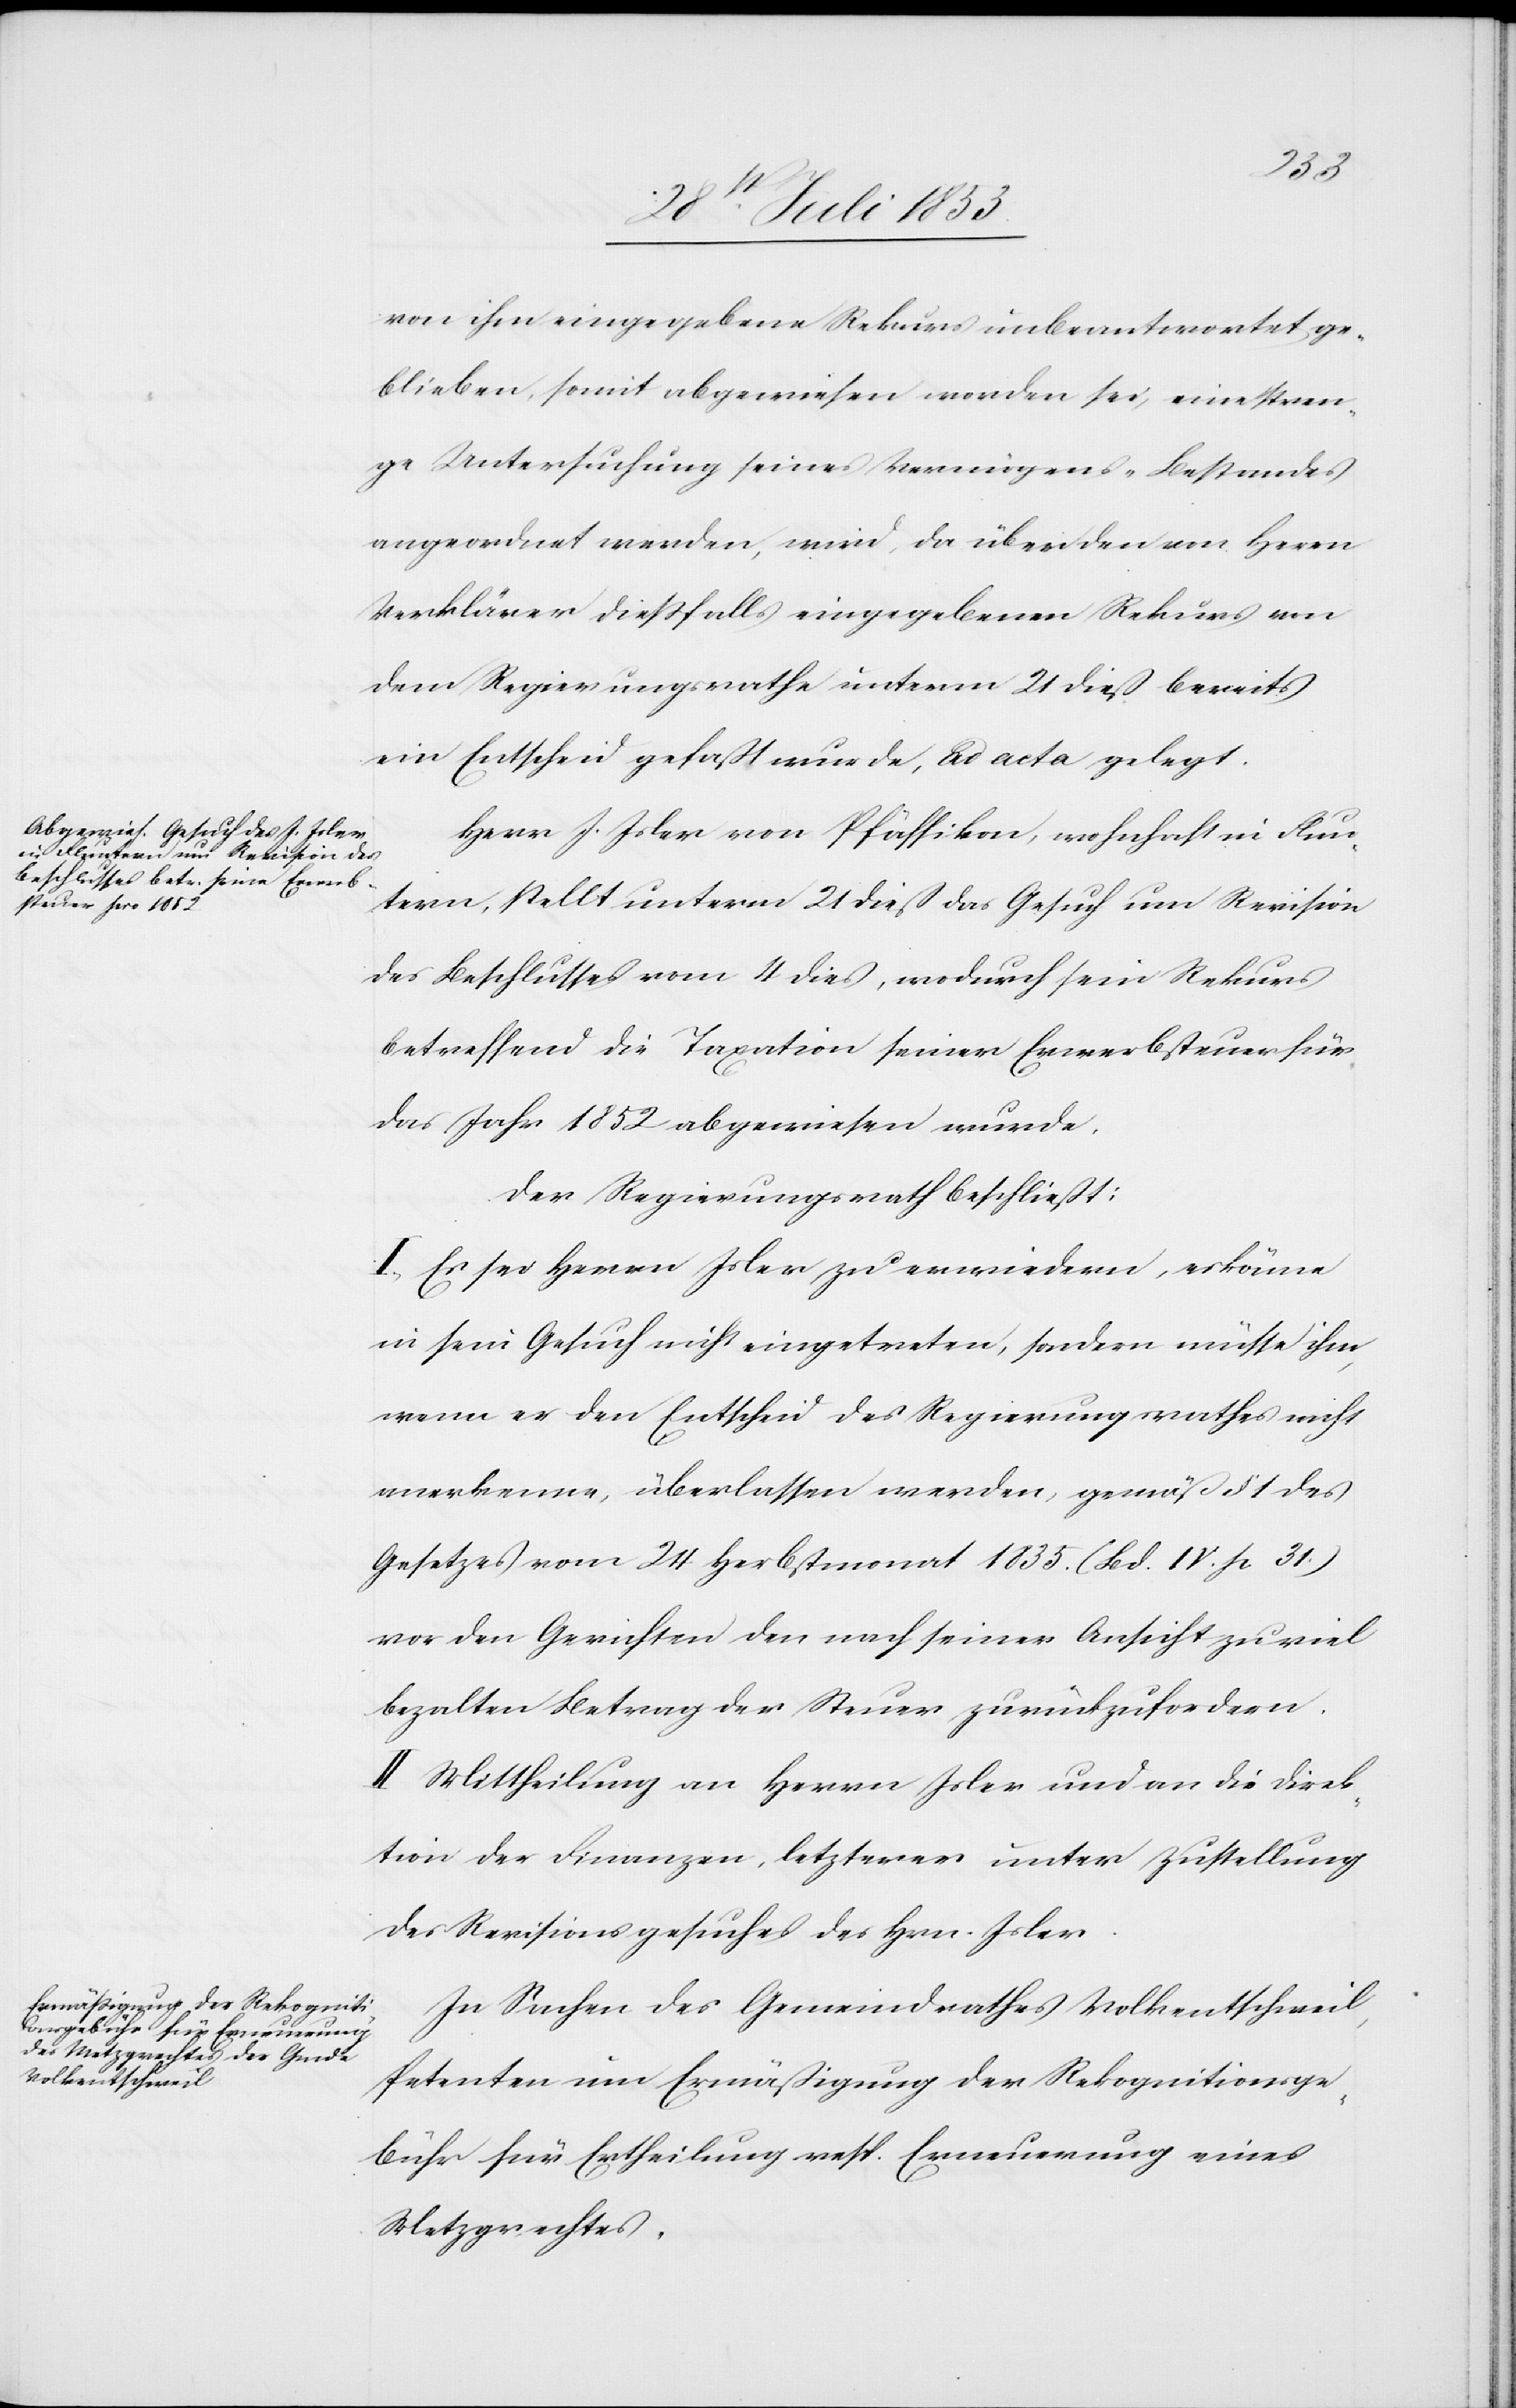
von ihm eingegebene Rekurs unbeantwortet ge¬
blieben, somit abgewiesen worden sei, eine stren¬
ge Untersuchung seines Vermögens-Bestandes
angeordnet werden, wird, da über den von Herrn
Verklärer dießfalls eingegebenen Rekurs von
dem Regierungsrathe unterm 21 dieß bereits
ein Entscheid gefaßt wurde, ad acta gelegt.
Herr J. Isler von Pfäffikon, wohnhaft in Flun¬
tern, stellt unterm 21 dieß das Gesuch um Revision
des Beschlusses vom 4 dieß, wodurch sein Rekurs
betreffend die Taxation seiner Erwerbssteuer für
das Jahr 1852 abgewiesen wurde.
Der Regierungsrath beschließt:
I. Es sei Herrn Isler zu erwiedern, es könne
in sein Gesuch nicht eingetreten, sondern müsse ihm
wenn er den Entscheid des Regierungsrathes nicht
anerkenne, überlassen werden, gemäß § 1 des
Gesetzes vom 24 Herbstmonat 1835 (Bd. IV. p. 31)
vor den Gerichten den nach seiner Ansicht zu viel
bezalten Betrag der Steuer zurückzufordern.
II. Mittheilung von Herrn Isler und an die Direk¬
tion der Finanzen, letzterer unter Zustellung
der Revisionsgesuches des Hrn. Isler.
In Sachen des Gemeindrathes Volkentschweil
Petenten um Ermäßigung der Rekognitionsge¬
bühr für Ertheilung resp. Erneuerung eines
Metzgrechtes.